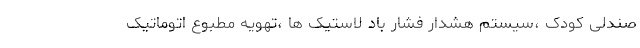
صندلی کودک ،سیستم هشدار فشار باد لاستیک ها ،تهویه مطبوع اتوماتیک